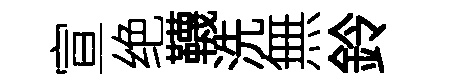
宣绝韈洗無鈴